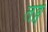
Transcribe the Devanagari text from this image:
तङ्ग